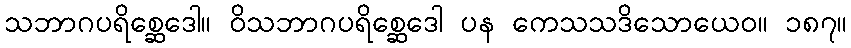
သဘာဂပရိစ္ဆေဒေါ။ ဝိသဘာဂပရိစ္ဆေဒေါ ပန ကေသသဒိသောယေဝ။ ၁၈၇။